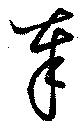
奉